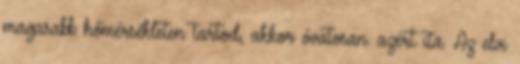
magasabb hőmérsékleten tartod, akkor óvatosan. azért ita. Az elvi